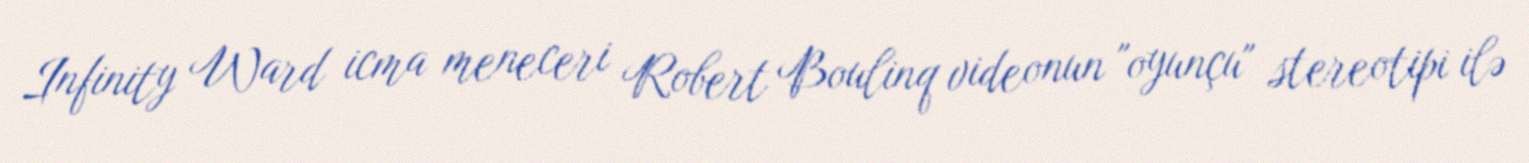
Infinity Ward icma meneceri Robert Boulinq videonun "oyunçu" stereotipi ilə